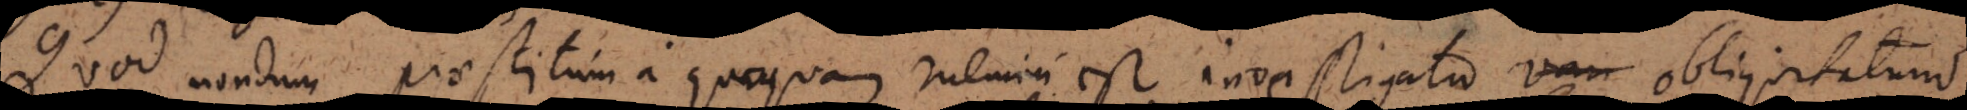
Quod nondum praestitum a quoquam memini est investigatio vari obliquitatum.